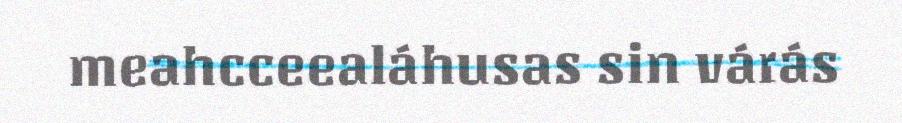
meahcceealáhusas sin várás